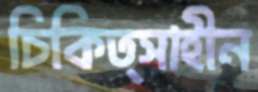
চিকিত্সাহীন